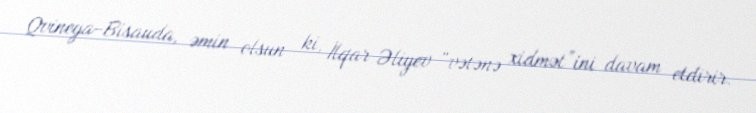
Qvineya-Bisauda, əmin olsun ki, İlqar Əliyev “vətənə xidmət”ini davam etdirir.